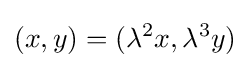
(x,y)=(\lambda ^{2}x,\lambda ^{3}y)